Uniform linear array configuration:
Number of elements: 12
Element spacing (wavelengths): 0.5
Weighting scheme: exponential
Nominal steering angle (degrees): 0
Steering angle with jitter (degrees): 0.4034
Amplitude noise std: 0.05
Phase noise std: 0.05

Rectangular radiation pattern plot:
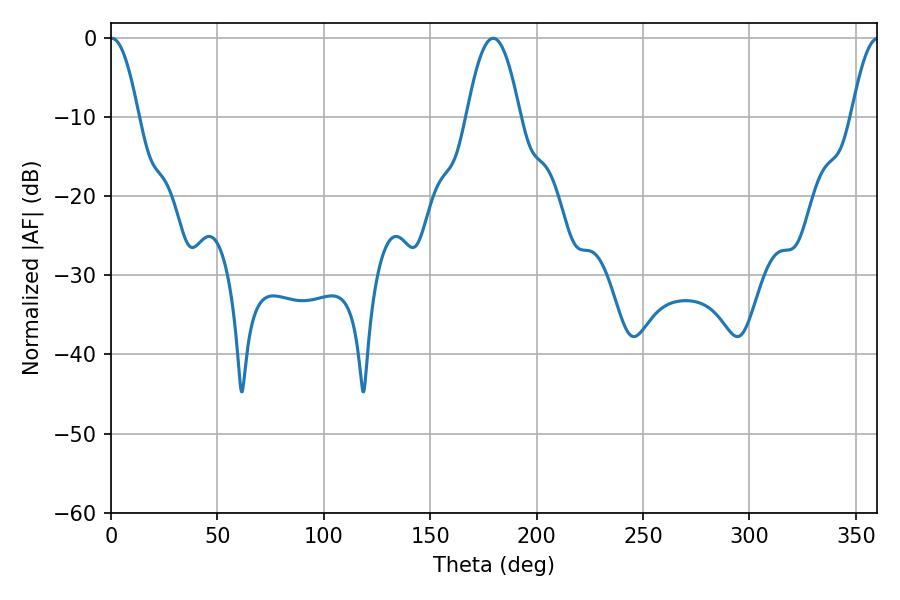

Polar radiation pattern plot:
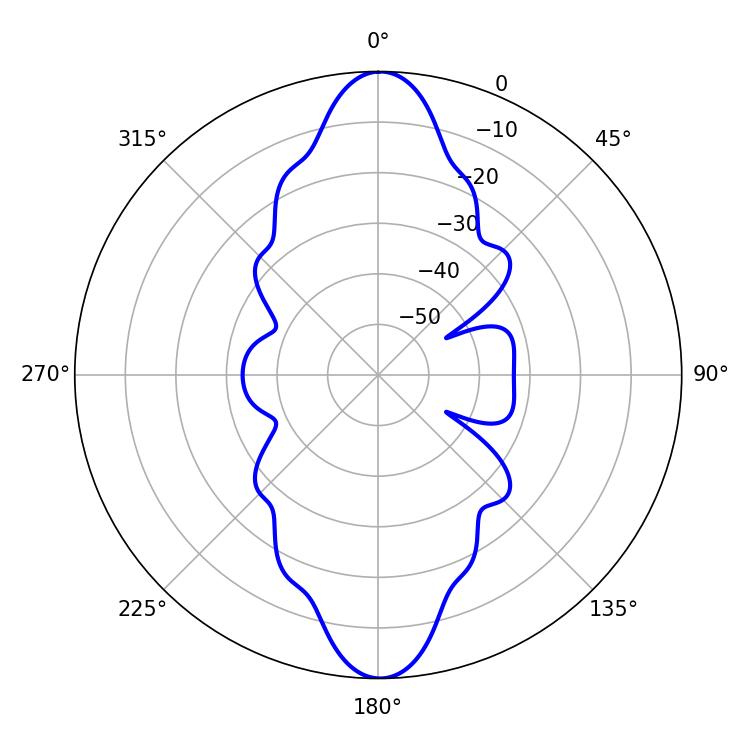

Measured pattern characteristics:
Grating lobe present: FALSE
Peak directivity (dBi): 29.787
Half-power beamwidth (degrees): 7.2
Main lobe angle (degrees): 0.36